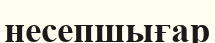
несепшығар